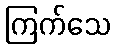
ကြက်သေ